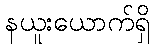
နယူးယောက်ရှိ